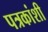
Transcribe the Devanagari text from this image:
पत्रकांशी